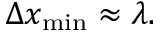
\Delta x _ { \mathrm { m i n } } \approx \lambda .